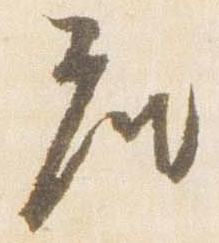
座